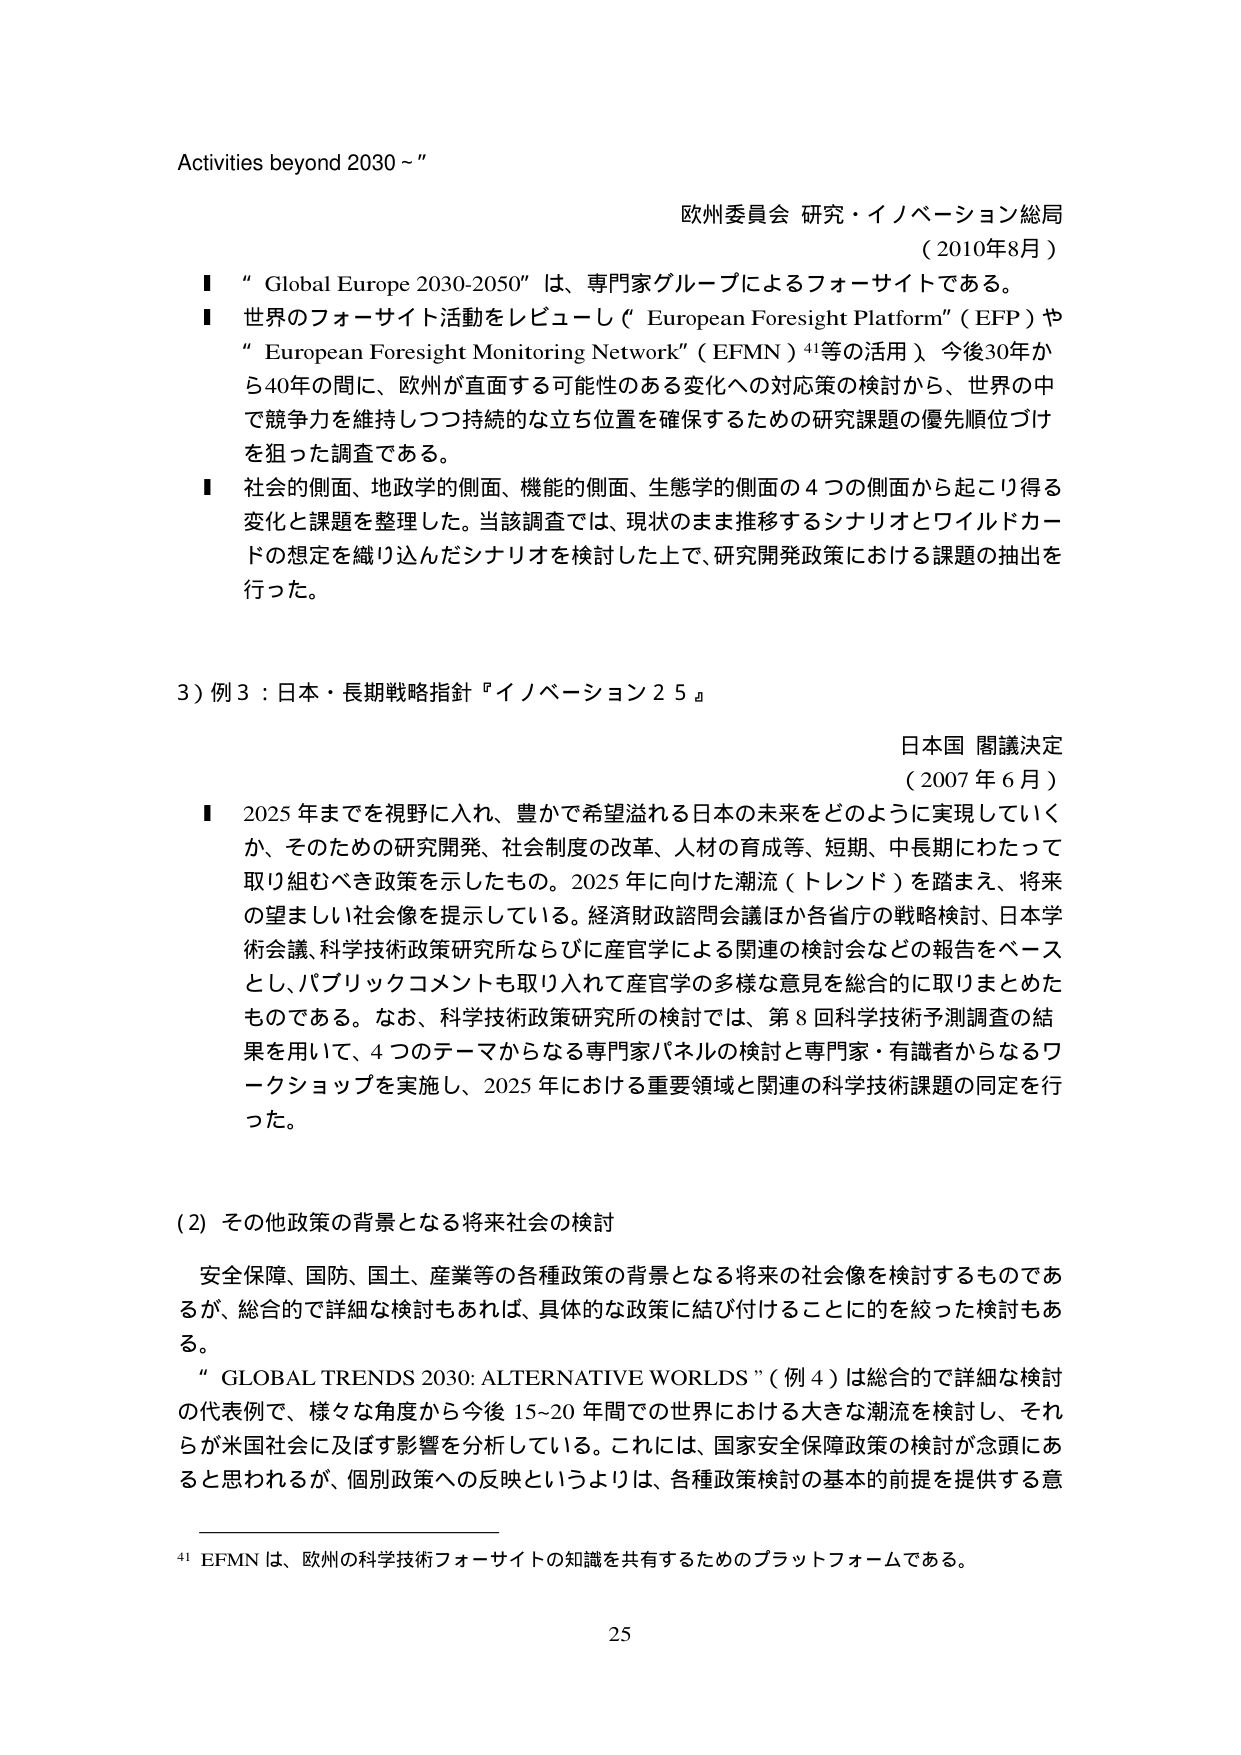
Activities beyond 2030 ~”

欧州委員会 研究・イノベーション総局
（2010年8月）

■ “Global Europe 2030-2050” は、専門家グループによるフォーサイトである。
■ 世界のフォーサイト活動をレビューし（“European Foresight Platform”（EFP）や
“European Foresight Monitoring Network”（EFMN）⁴¹等の活用）、今後30年か
ら40年の間に、欧州が直面する可能性のある変化への対応策の検討から、世界の中
で競争力を維持しつつ持続的な立ち位置を確保するための研究課題の優先順位づけ
を狙った調査である。
■ 社会的側面、地政学的側面、機能的側面、生態学的側面の4つの側面から起こり得る
変化と課題を整理した。当該調査では、現状のまま推移するシナリオとワイルドカー
ドの想定を織り込んだシナリオを検討した上で、研究開発政策における課題の抽出を
行った。

3）例3：日本・長期戦略指針『イノベーション25』

日本国 閣議決定
（2007年6月）

■ 2025年までを視野に入れ、豊かで希望溢れる日本の未来をどのように実現していく
か、そのための研究開発、社会制度の改革、人材の育成等、短期、中長期にわたって
取り組むべき政策を示したもの。2025年に向けた潮流（トレンド）を踏まえ、将来
の望ましい社会像を提示している。経済財政諮問会議ほか各省庁の戦略検討、日本学
術会議、科学技術政策研究所ならびに産官学による関連の検討会などの報告をベース
とし、パブリックコメントも取り入れて産官学の多様な意見を総合的に取りまとめた
ものである。なお、科学技術政策研究所の検討では、第8回科学技術予測調査の結
果を用いて、4つのテーマからなる専門家パネルの検討と専門家・有識者からなるワ
ークショップを実施し、2025年における重要領域と関連の科学技術課題の同定を行
った。

（2）その他政策の背景となる将来社会の検討

安全保障、国防、国土、産業等の各種政策の背景となる将来の社会像を検討するものであ
るが、総合的で詳細な検討もあれば、具体的な政策に結び付けることに的を絞った検討もあ
る。
“GLOBAL TRENDS 2030: ALTERNATIVE WORLDS”（例4）は総合的で詳細な検討
の代表例で、様々な角度から今後15～20年間での世界における大きな潮流を検討し、それ
らが米国社会に及ぼす影響を分析している。これには、国家安全保障政策の検討が念頭にあ
ると思われるが、個別政策への反映というよりは、各種政策検討の基本的前提を提供する意

⁴¹ EFMN は、欧州の科学技術フォーサイトの知識を共有するためのプラットフォームである。

25